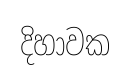
දිහාවක